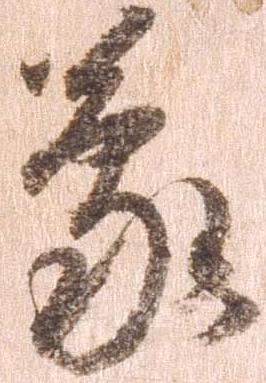
蒙